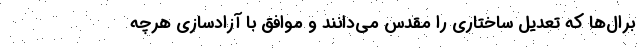
برال‌ها که تعدیل ساختاری را مقدس می‌دانند و موافق با آزادسازی هرچه